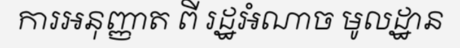
ការអនុញ្ញាត ពី រដ្ឋអំណាច មូលដ្ឋាន